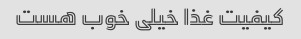
کیفیت غذا خیلی خوب هست